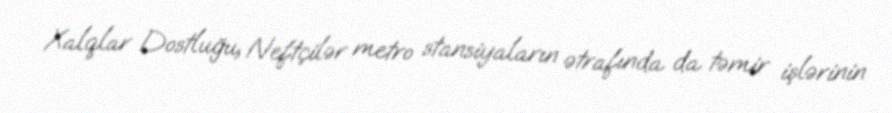
Xalqlar Dostluğu, Neftçilər metro stansiyaların ətrafında da təmir işlərinin